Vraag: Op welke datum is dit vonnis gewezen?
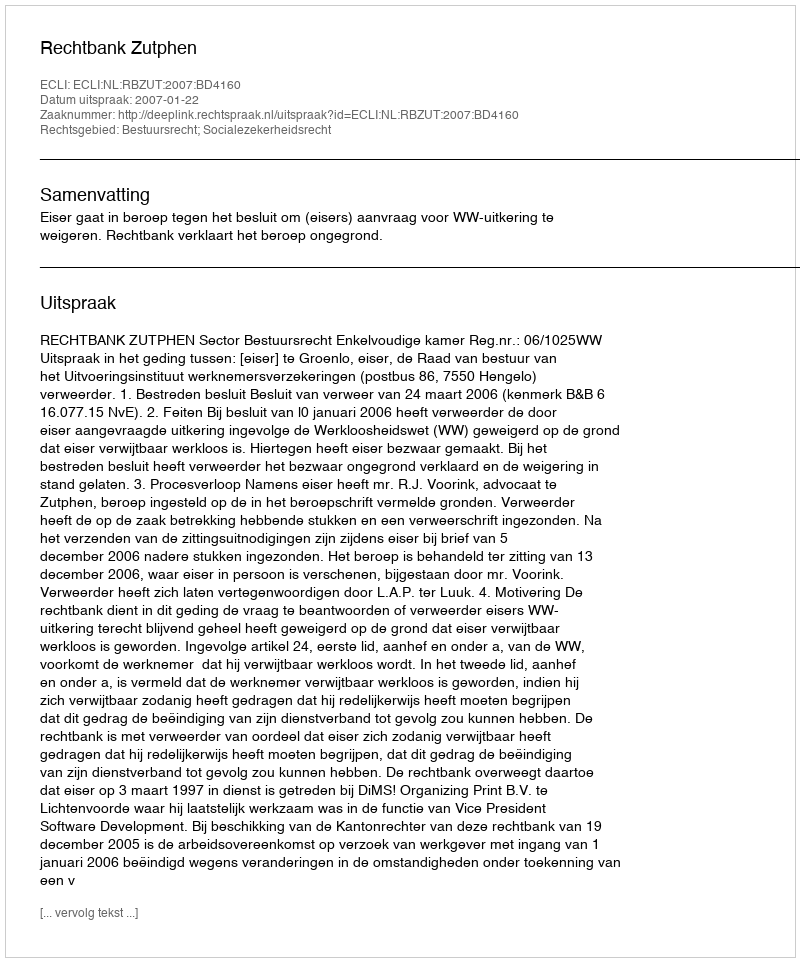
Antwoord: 2007-01-22